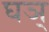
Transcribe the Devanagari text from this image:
घञ्‌